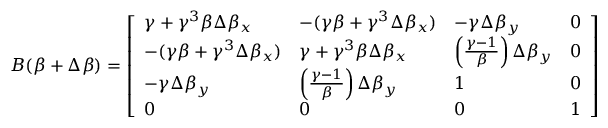
B ( { \boldsymbol { \beta } } + \Delta { \boldsymbol { \beta } } ) = { \left[ \begin{array} { l l l l } { \gamma + \gamma ^ { 3 } \beta \Delta \beta _ { x } } & { - ( \gamma \beta + \gamma ^ { 3 } \Delta \beta _ { x } ) } & { - \gamma \Delta \beta _ { y } } & { 0 } \\ { - ( \gamma \beta + \gamma ^ { 3 } \Delta \beta _ { x } ) } & { \gamma + \gamma ^ { 3 } \beta \Delta \beta _ { x } } & { \left( { \frac { \gamma - 1 } { \beta } } \right) \Delta \beta _ { y } } & { 0 } \\ { - \gamma \Delta \beta _ { y } } & { \left( { \frac { \gamma - 1 } { \beta } } \right) \Delta \beta _ { y } } & { 1 } & { 0 } \\ { 0 } & { 0 } & { 0 } & { 1 } \end{array} \right] }